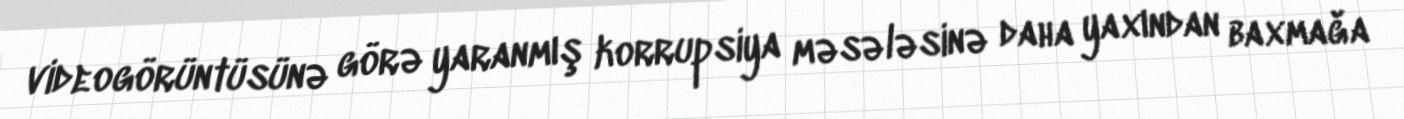
videogörüntüsünə görə yaranmış korrupsiya məsələsinə daha yaxından baxmağa